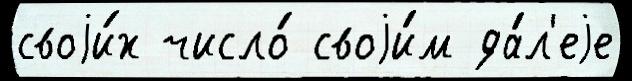
своjи́х число́ своjи́м да́л'еjе